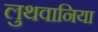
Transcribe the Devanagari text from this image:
लुथवानिया